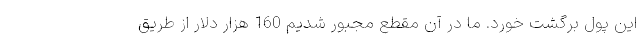
این پول برگشت خورد. ما در آن مقطع مجبور شدیم 160 هزار دلار از طریق